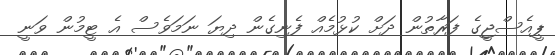
ޕީއެސްޖީގެ ފަރާތުން ދަށް ކުޅުމެއް ފެނިގެން ދިޔަ ނަމަވެސް އެ ޓީމުން ވަނީ